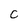
Character: C